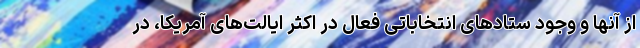
از آنها و وجود ستادهای انتخاباتی فعال در اکثر ایالت‌های آمریکا، در